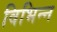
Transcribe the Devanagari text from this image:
विभिन्‍न